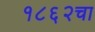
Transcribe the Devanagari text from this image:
१८६२चा